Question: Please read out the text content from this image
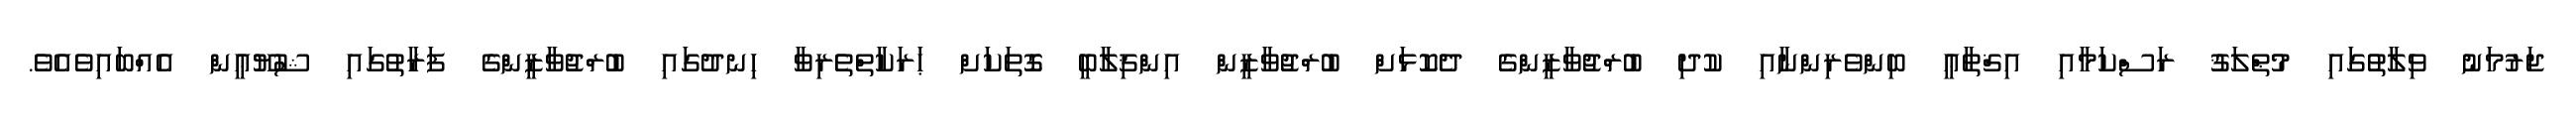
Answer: ޖަރުމަނު ވިލާތުގައި މުޠްލަޤު ރަސްކަމާއި އިޤްޠާޢީ ބިންވެރިންނާއި ކުދި ބުރްޖުވާޒީންގެ ދެކޮޅަށް ބުރްޖުވާޒީން އިންޤިލާބީ ގޮތަކަށް ޙަރަކާތްތެރިވާ ހިނދުގައި ބުރްޖުވާޒީންގެ ފަރާތުގައި ޝުޔޫޢީން އެއްބައިވެއެވެ.